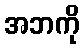
အဘကို